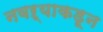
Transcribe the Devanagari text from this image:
नवऱ्याकडून